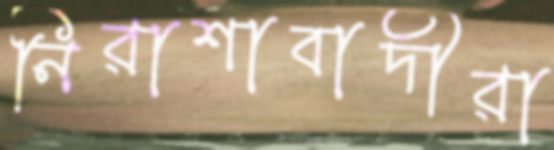
নিরাশাবাদীরা